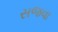
સજવા